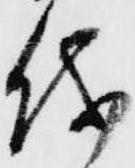
儀